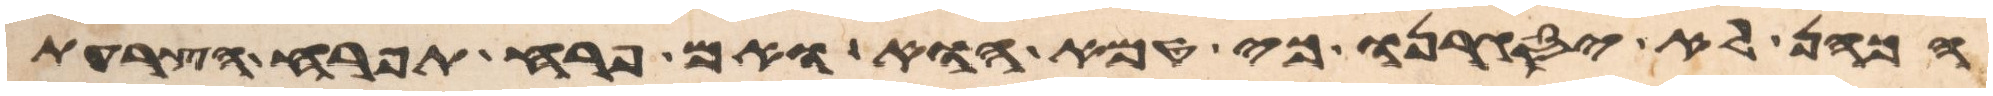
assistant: הכהן לא יסגירנו כי טמא הוא ואם פרח תפרח הצרעת